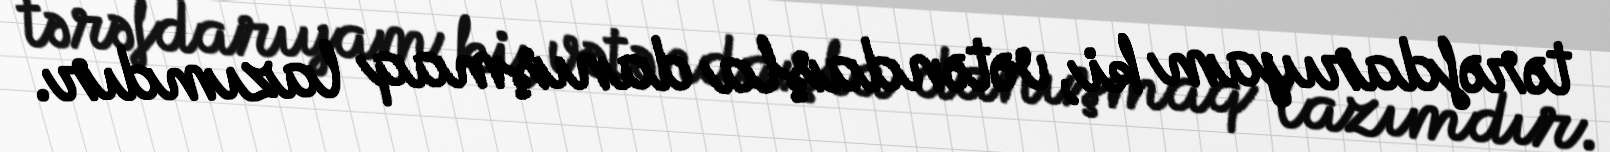
tərəfdarıyam ki, vətəndaşla danışmaq lazımdır.